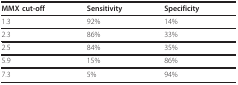
<table><thead><tr><td><b>MMX cut-off</b></td><td><b>Sensitivity</b></td><td><b>Specificity</b></td></tr></thead><tbody><tr><td>1.3</td><td>92%</td><td>14%</td></tr><tr><td>2.3</td><td>86%</td><td>33%</td></tr><tr><td>2.5</td><td>84%</td><td>35%</td></tr><tr><td>5.9</td><td>15%</td><td>86%</td></tr><tr><td>7.3</td><td>5%</td><td>94%</td></tr></tbody></table>